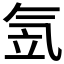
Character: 𣱠